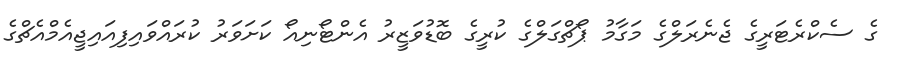
ގެ ސެކްރެޓަރީގެ ޖެނެރަލްގެ މަގާމު ޕޯޗްގަލްގެ ކުރީގެ ބޮޑުވަޒީރު އެންޓޯނިއޯ ކަށަވަރު ކުރައްވައިފިއައިޖީއެމްއެޗްގެ